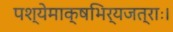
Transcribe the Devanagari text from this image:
पश्येमाक्षभिर्यजत्राः।